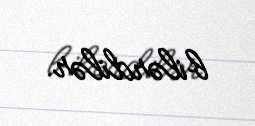
bilərdilər.